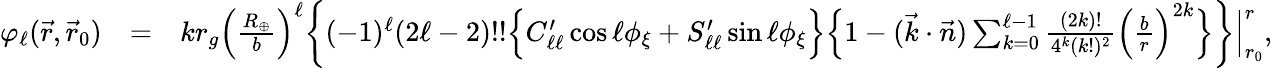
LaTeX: \begin{array}{rlr}{\varphi_{\ell}(\vec{r},\vec{r}_{0})}&{=}&{kr_{g}\Big(\frac{R_{\oplus}}{b}\Big)^{\ell}\bigg\{ (-1)^{\ell}(2\ell-2)!!\Big\{ C_{\ell\ell}^{\prime}\cos\ell\phi_{\xi}+S_{\ell\ell}^{\prime}\sin\ell\phi_{\xi}\Big\} \Big\{ 1-(\vec{k}\cdot\vec{n})\sum_{k=0}^{\ell-1}\frac{(2k)!}{4^{k}(k!)^{2}}\Big(\frac{b}{r}\Big)^{2k}\Big\} \bigg\} \Big|_{r_{0}}^{r},}\end{array}